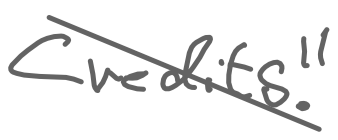
Text: Credits."
Cross-out: diagonal
Writing tool: digital_gray